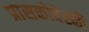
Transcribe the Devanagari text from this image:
प्रासकोवेस्की